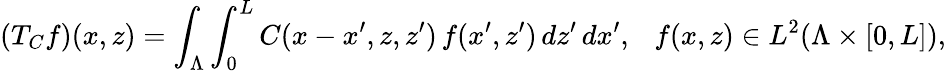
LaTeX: (T_{C}f)(x,z)=\int_{\Lambda}\int_{0}^{L}C(x-x^{\prime},z,z^{\prime})\, f(x^{\prime},z^{\prime})\, dz^{\prime}\, dx^{\prime},\ \ \ f(x,z)\in L^{2}(\Lambda\times[0,L]),